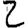
Digit: 2